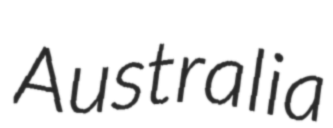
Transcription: Australia